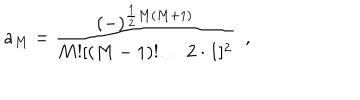
a _ { M } = { \frac { ( - ) ^ { { \frac { 1 } { 2 } } M ( M + 1 ) } } { M ! [ ( M - 1 ) ! \ldots 2 \cdot 1 ] ^ { 2 } } } ~ ~ ,